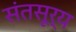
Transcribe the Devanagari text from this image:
संतसूर्य